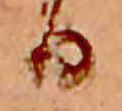
日